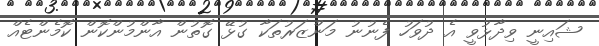
ޝައިނީ ވިދާޅުވީ އެ ދުވަހު ފެނުނު މަންޒަރުތަކާ ގުޅޭ ގޮތުން އާންމުންކޮން ކޮމެންޓެއް